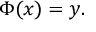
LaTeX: \Phi ( x ) = y .